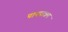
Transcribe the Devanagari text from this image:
पानपात्रम